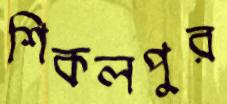
শিকলপুর